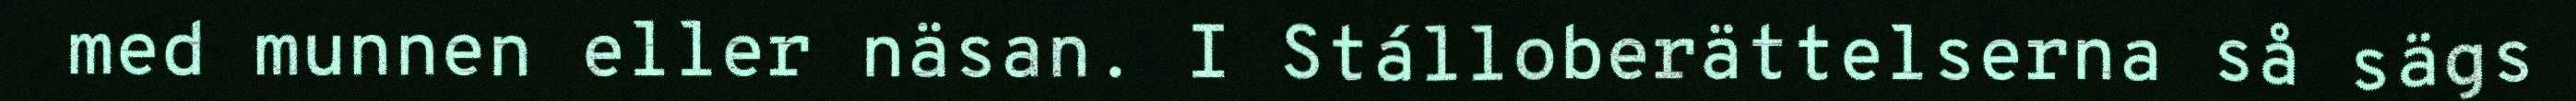
med munnen eller näsan. I Stálloberättelserna så sägs